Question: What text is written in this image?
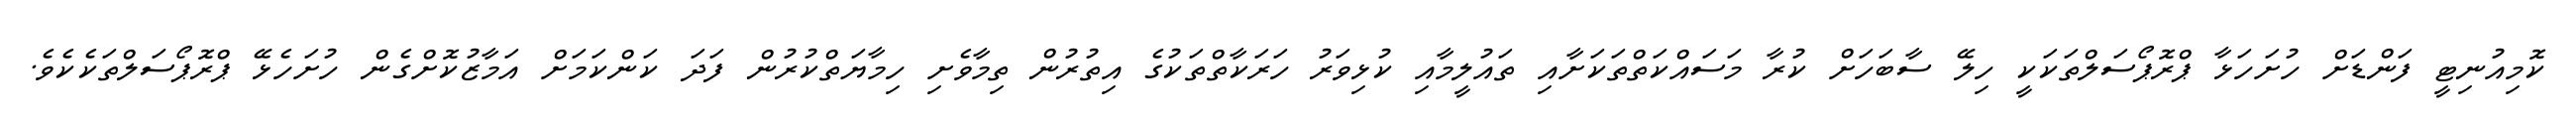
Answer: ކޮމިއުނިޓީ ފަންޑަށް ހުށަހަޅާ ޕްރޮޕޯސަލްތަކަކީ ހިލޭ ސާބަހަށް ކުރާ މަސައްކަތްތަކަށާއި ތައުލީމާއި ކުޅިވަރު ހަރަކާތްތަކުގެ އިތުރުން ތިމާވެށި ހިމާޔަތްކުރުން ފަދަ ކަންކަމަށް އަމާޒުކޮށްގެން ހުށަހެޅޭ ޕްރޮޕޯސަލްތަކެކެވެ.